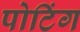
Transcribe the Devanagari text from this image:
पोटिंग